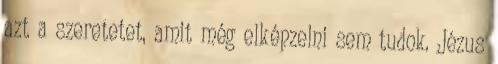
azt a szeretetet, amit még elképzelni sem tudok. Jézus